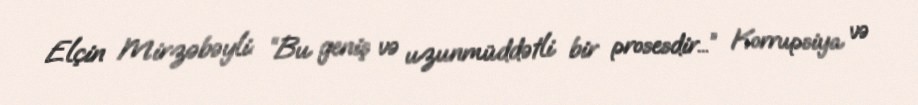
Elçin Mirzəbəyli: “Bu geniş və uzunmüddətli bir prosesdir...” Korrupsiya və